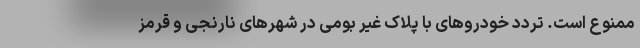
ممنوع است. تردد خودروهای با پلاک غیر بومی در شهرهای نارنجی و قرمز